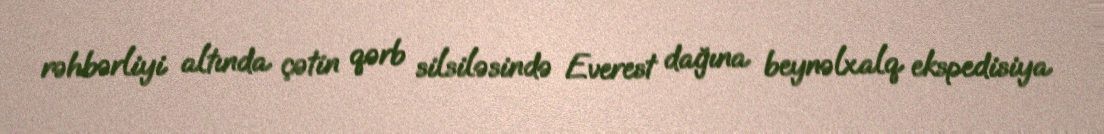
rəhbərliyi altında çətin qərb silsiləsində Everest dağına beynəlxalq ekspedisiya